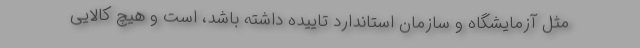
مثل آزمایشگاه و سازمان استاندارد تاییده داشته باشد، است و هیچ کالایی